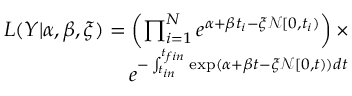
\begin{array} { r } { L ( Y | \alpha , \beta , \xi ) = \left( \prod _ { i = 1 } ^ { N } e ^ { \alpha + \beta t _ { i } - \xi \mathcal { N } [ 0 , t _ { i } ) } \right) \times } \\ { e ^ { - \int _ { t _ { i n } } ^ { t _ { f i n } } \exp ( \alpha + \beta t - \xi \mathcal { N } [ 0 , t ) ) d t } } \end{array}